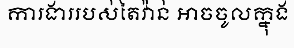
ការងាររបស់តៃវ៉ាន់ អាចចូលក្នុង